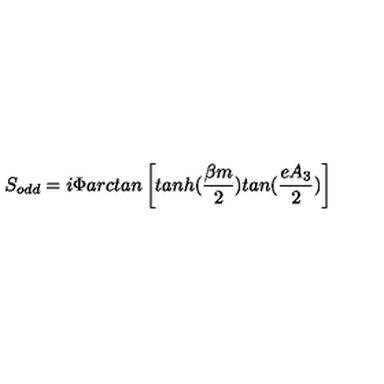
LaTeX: S _ { o d d } = i \Phi a r c t a n \left[ t a n h ( \frac { \beta m } { 2 } ) t a n ( \frac { e A _ { 3 } } { 2 } ) \right]